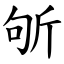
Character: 斪